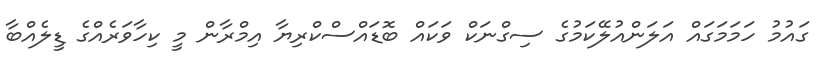
ގައުމު ހަމަމަގައް އަލަންއުލޭކަމުގެ ސިގްނަކް ވަކައް ބޮޑައްސްކްރިޔާ އިމްރާން މީ ކިހާވަރެއްގެ ޑީލެއްބާ